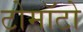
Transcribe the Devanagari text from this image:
टोमॉटो